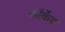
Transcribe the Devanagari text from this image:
कॉर्केद